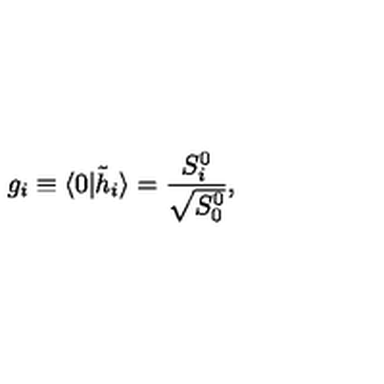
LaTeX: g _ { i } \equiv \langle 0 \vert { \tilde { h } } _ { i } \rangle = { \frac { S _ { i } ^ { 0 } } { \sqrt { S _ { 0 } ^ { 0 } } } } ,